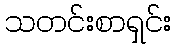
သတင်းစာရှင်း